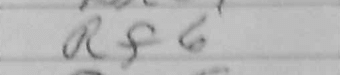
Transcription: Rf6